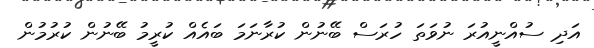
އަދި ސުއްނީއުރަ ނުވަތަ ހުރަސް ބޭނުން ކުރާނަމަ ބައެއް ކުރީމު ބޭނުން ކުރުމުން